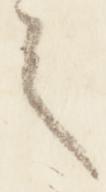
之